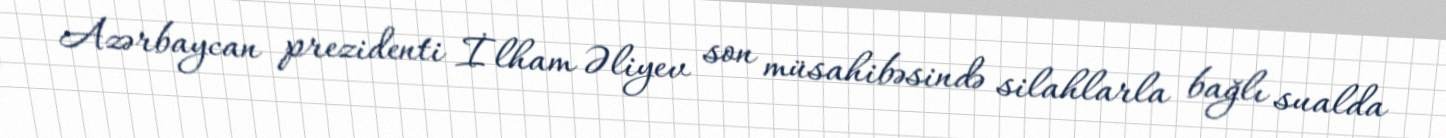
Azərbaycan prezidenti İlham Əliyev son müsahibəsində silahlarla bağlı sualda